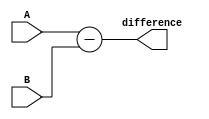
module subtractor(
    input [7:0] A,
    input [7:0] B,
    output [7:0] difference
);

assign difference = A - B;

endmodule